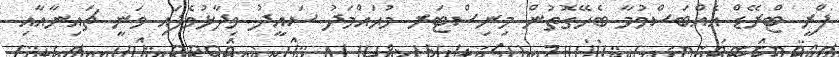
ފްރީ ޓްރޭޑް އެއްބަސްވުމާ ބެހޭގޮތުން މިނިސްޓަރ މުޙައްމަދު ސައީދު ވިދާޅުވެފައި ވަނީ ޗައިނާއާއި